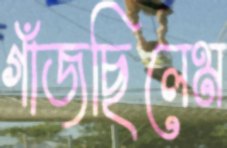
গাঁজছিলেম